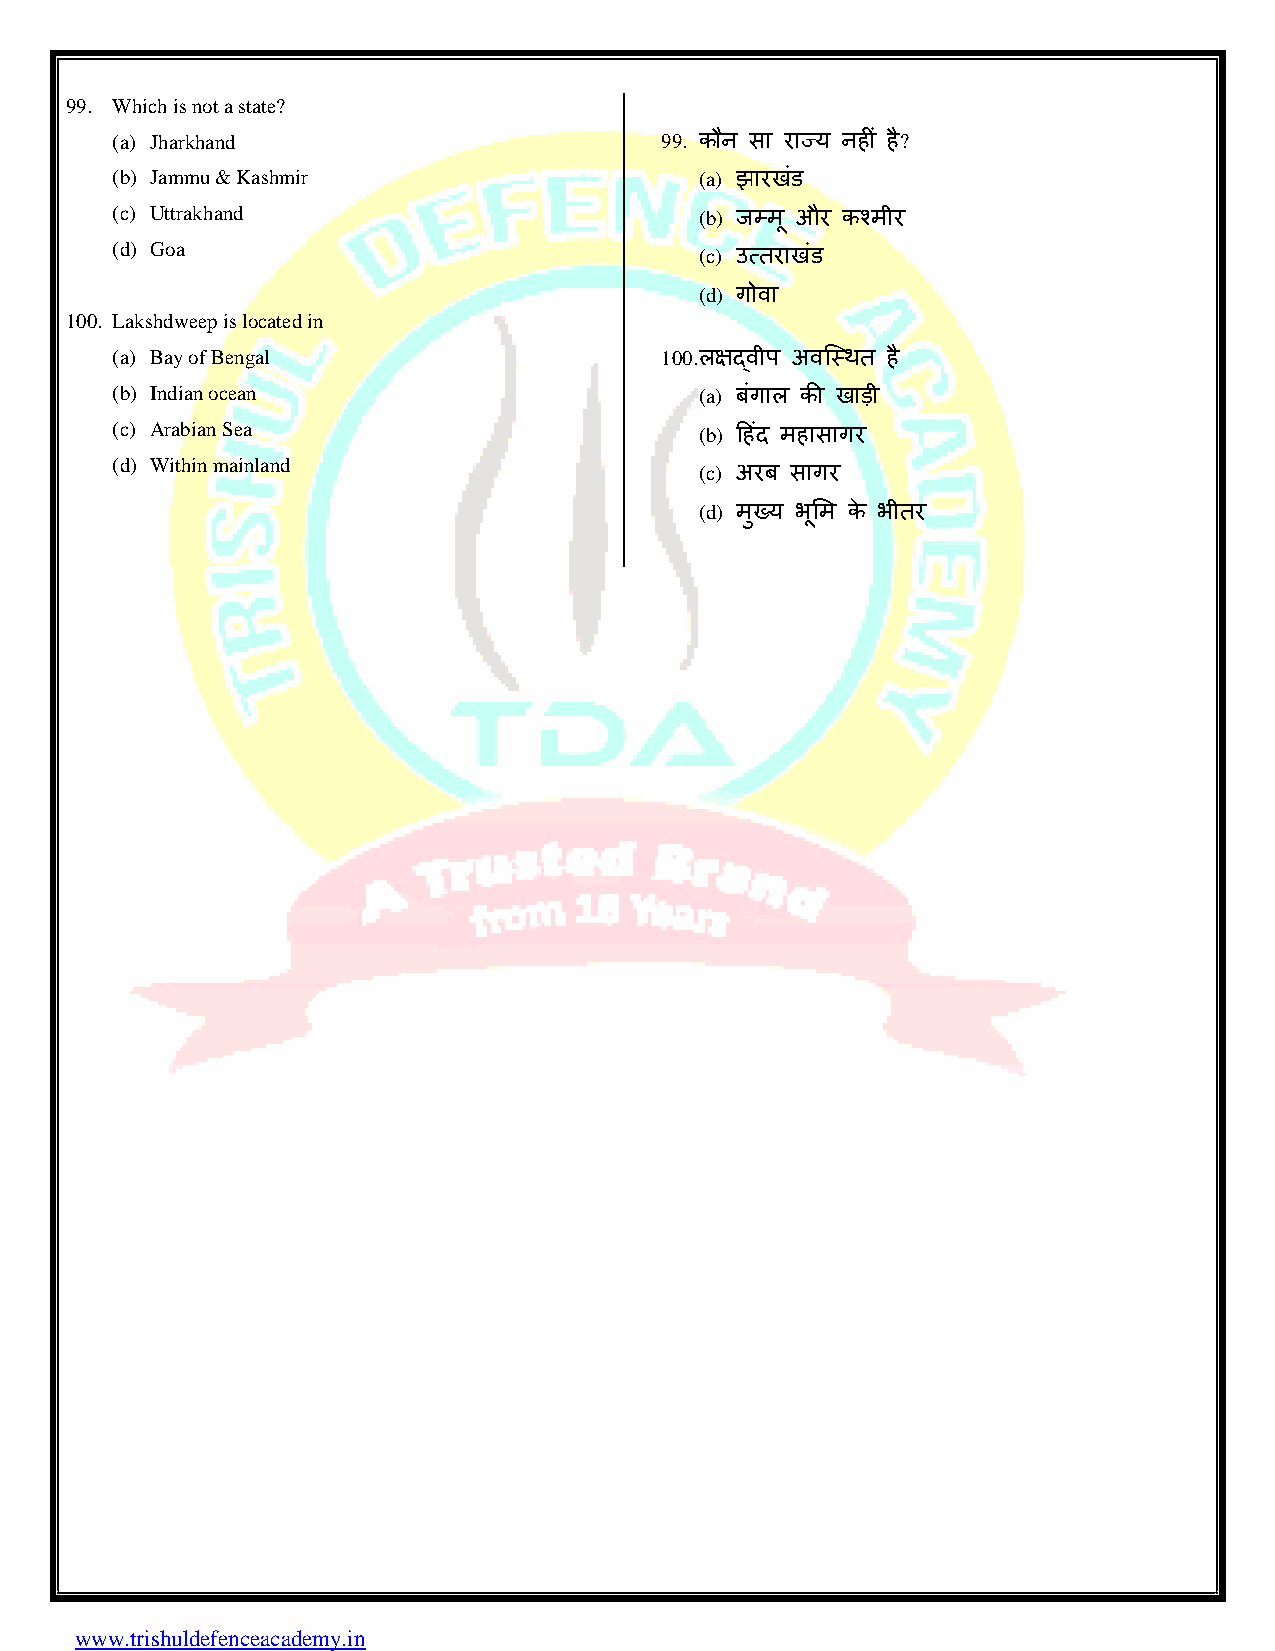
99. Which is not a state?
 (a) Jharkhand                        99. कौन सा याज्म नहीॊ है?
 (b) Jammu & Kashmir                    (a) झायखॊड
 (c) Uttrakhand                         (b) जम्भ ू औय कश्भीय
 (d) Goa
 (c) उत्तयाखॊड
 (d) गोवा
 100. Lakshdweep is located in
 (a) Bay of Bengal                    100. रऺद्वीऩ अवस्ट्स्थत है
 (b) Indian ocean                       (a) फगॊ ार की खाड़ी
 (c) Arabian Sea                        (b) टहदॊ भहासागय
 (d) Within mainland
 (c) अयफ सागय
 (d) भख्ु म बसू भ के बीतय
 www.trishuldefenceacademy.in